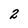
Character: 2